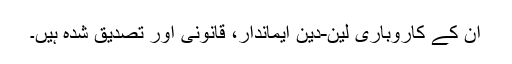
ان کے کاروباری لین-دین ایماندار، قانونی اور تصدیق شدہ ہیں۔